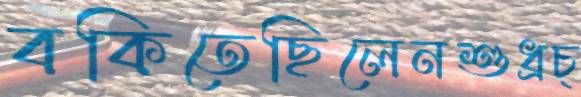
বকিতেছিলেনশুধ্‌রচ্